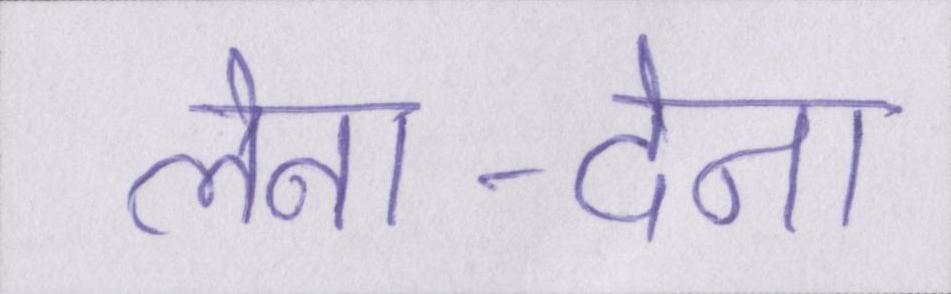
लेना-देना